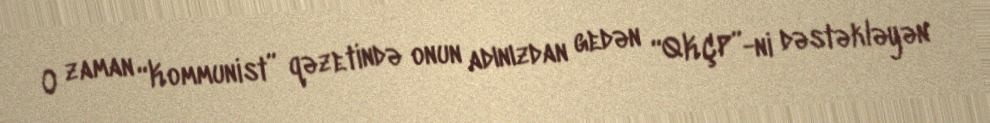
O zaman “Kommunist” qəzetində onun adınızdan gedən “QKÇP”-ni dəstəkləyən